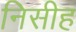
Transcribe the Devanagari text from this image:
निसीह